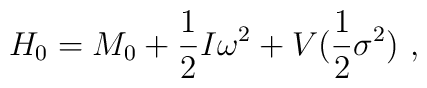
H_0=M_0+\frac 12I\omega^2+V(\frac 12\sigma^2)\ ,